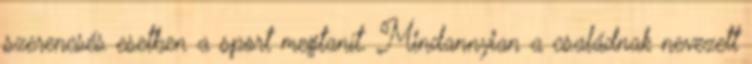
szerencsés esetben a sport megtanít. Mindannyian a családnak nevezett